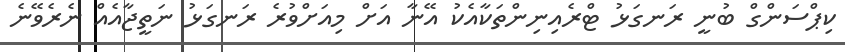
ކިޕްސަންގް ބުނީ ރަނގަޅު ޓްރެއިނިންތަކާއެކު އޭނާ އަށް މިއަށްވުރެ ރަނގަޅު ނަތީޖާއެއް ނެރެވޭނެ